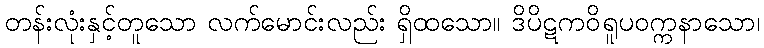
တန်းလုံးနှင့်တူသော လက်မောင်းလည်း ရှိထသော။ ဒိပိဋကဝိရူပဝက္ကနာသော၊